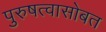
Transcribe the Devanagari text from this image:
पुरुषत्वासोबत